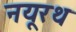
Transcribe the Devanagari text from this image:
नयूरथ